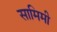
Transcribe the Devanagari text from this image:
सामिमी